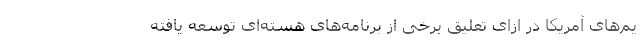
یم‌های آمریکا در ازای تعلیق برخی از برنامه‌های هسته‌ای توسعه یافته